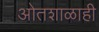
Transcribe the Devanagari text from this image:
ओतशाळाही